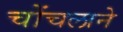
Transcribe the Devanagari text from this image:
चोंचलाने